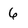
Character: 6